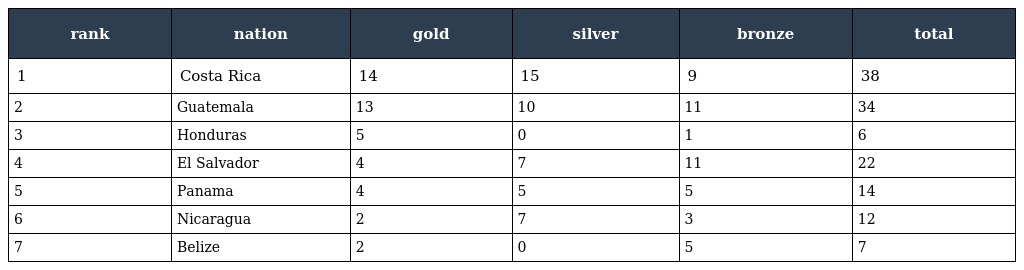
| rank | nation | gold | silver | bronze | total |
 | --- | --- | --- | --- | --- | --- |
 | 1 | Costa Rica | 14 | 15 | 9 | 38 |
 | 2 | Guatemala | 13 | 10 | 11 | 34 |
 | 3 | Honduras | 5 | 0 | 1 | 6 |
 | 4 | El Salvador | 4 | 7 | 11 | 22 |
 | 5 | Panama | 4 | 5 | 5 | 14 |
 | 6 | Nicaragua | 2 | 7 | 3 | 12 |
 | 7 | Belize | 2 | 0 | 5 | 7 |